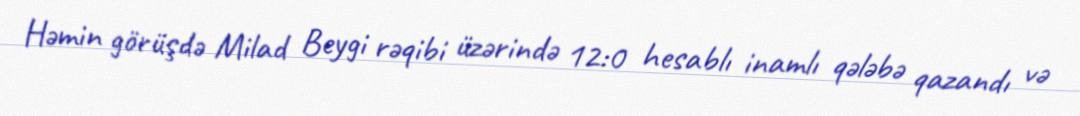
Həmin görüşdə Milad Beygi rəqibi üzərində 12:0 hesablı inamlı qələbə qazandı və